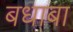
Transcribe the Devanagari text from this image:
बधाबा